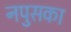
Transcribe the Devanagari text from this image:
नपुसका